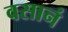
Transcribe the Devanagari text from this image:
वसानं